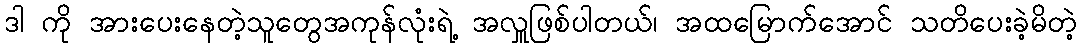
ဒါ ကို အားပေးနေတဲ့သူတွေအကုန်လုံးရဲ့ အလှူဖြစ်ပါတယ်၊ အထမြောက်အောင် သတိပေးခဲ့မိတဲ့